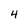
Character: 4